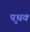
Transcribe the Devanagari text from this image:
पृथक्‍